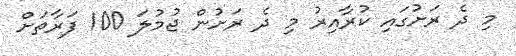
މި ދެ ރަށުގައި ކުރާއިރު މި ދެ ރަށުން ޖުމުލަ 100 ފަރާތަށް